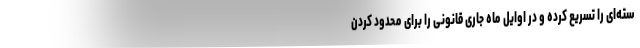
سته‌ای را تسریع کرده و در اوایل ماه جاری قانونی را برای محدود کردن